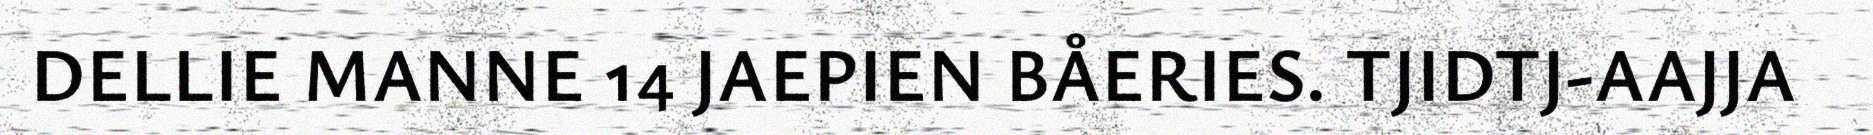
DELLIE MANNE 14 JAEPIEN BÅERIES. TJIDTJ-AAJJA